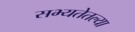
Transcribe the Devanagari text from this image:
सभ्यतेतल्या